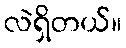
လဲရှိတယ်။